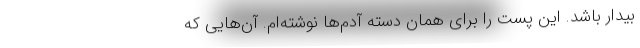
بیدار باشد. این پست را برای همان دسته آدم‌ها نوشته‌ام. آن‌هایی که